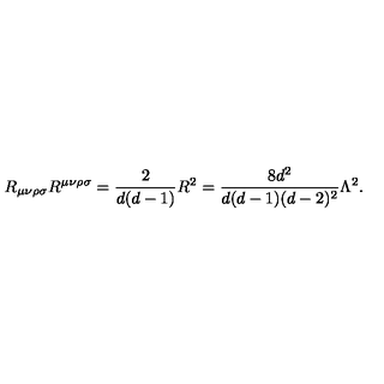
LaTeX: R _ { \mu \nu \rho \sigma } R ^ { \mu \nu \rho \sigma } = \frac { 2 } { d ( d - 1 ) } R ^ { 2 } = \frac { 8 d ^ { 2 } } { d ( d - 1 ) ( d - 2 ) ^ { 2 } } \Lambda ^ { 2 } .